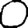
Digit: 0